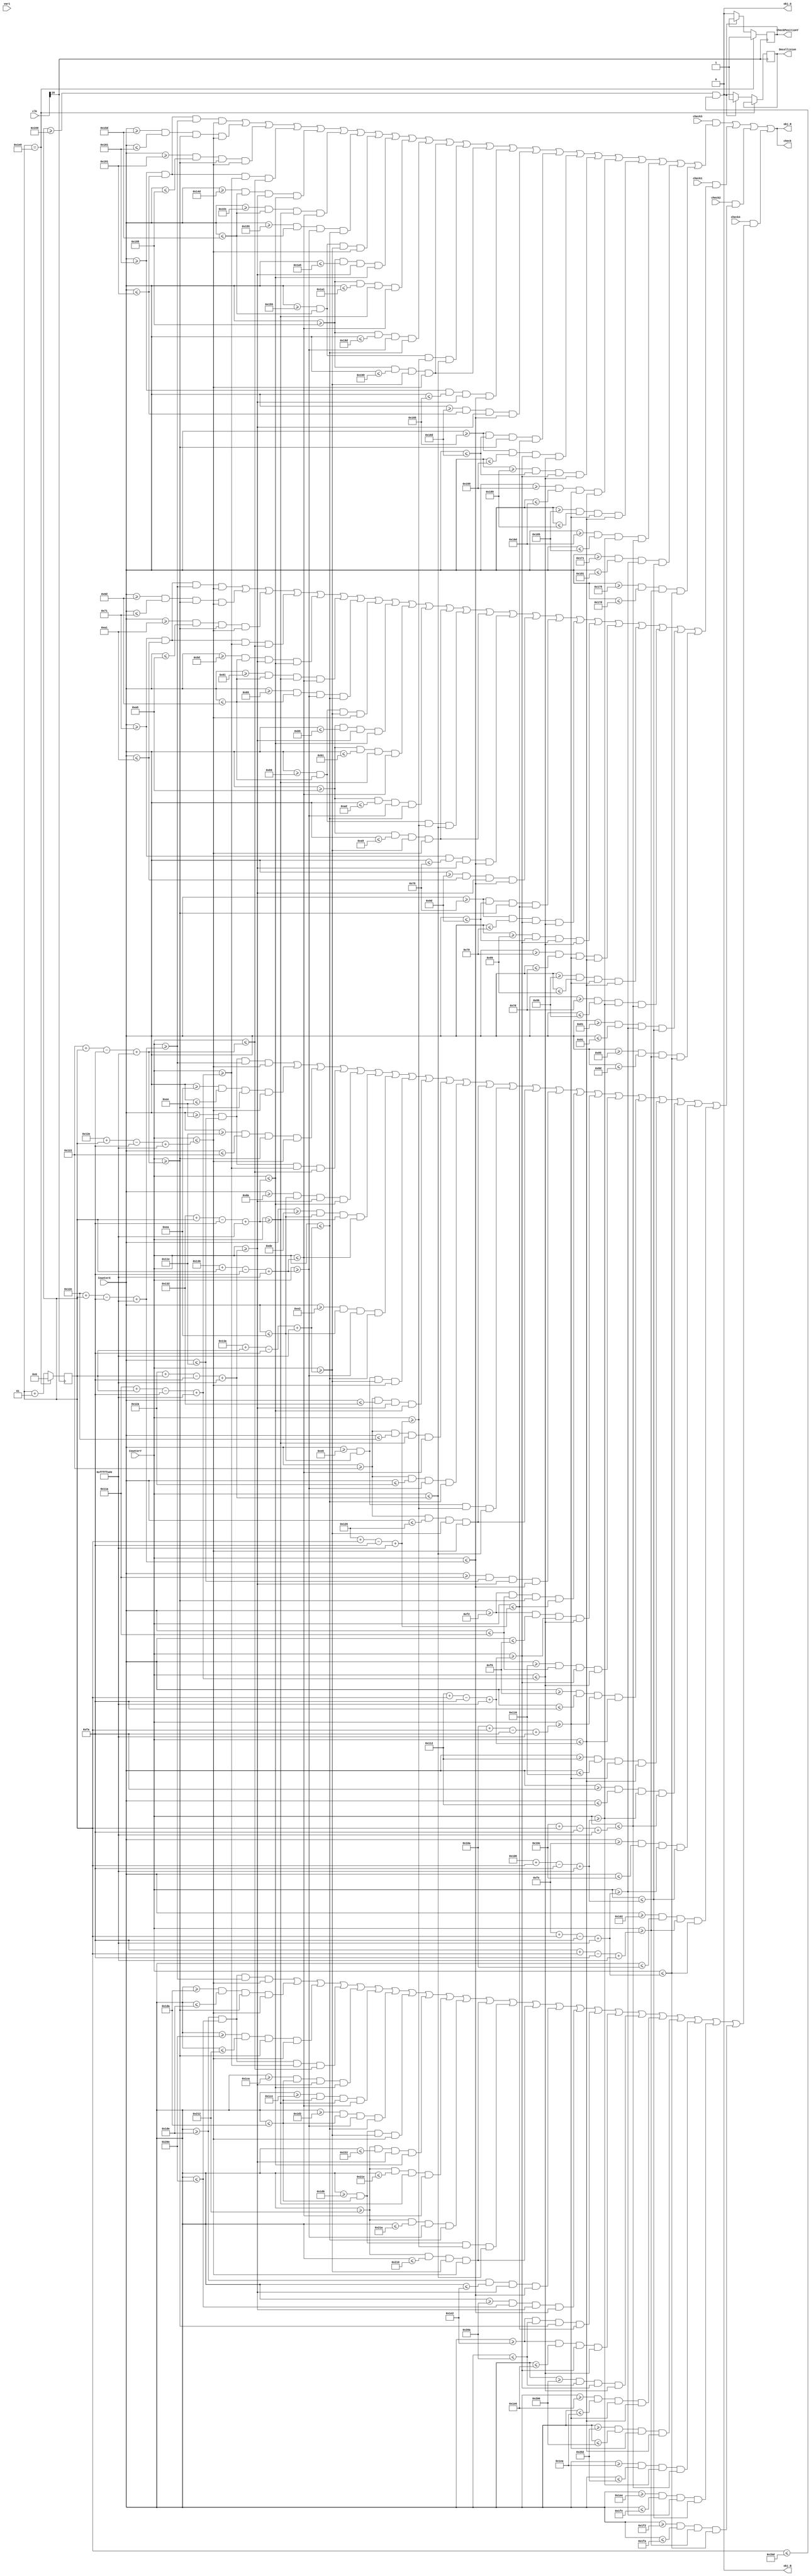
`timescale 1ns / 1ps
//////////////////////////////////////////////////////////////////////////////////
// Company: 
// Engineer: 
// 
// Design Name: 
// Module Name:    Block2 
// Project Name: 
// Target Devices: 
// Tool versions: 
// Description: 
//
// Dependencies: 
//
// Revision: 
// Revision 0.01 - File Created
// Additional Comments: 
//
//////////////////////////////////////////////////////////////////////////////////
module Block2(CounterX,CounterY,obj_R,obj_G,obj_B,clk,check,var1,check1,check2,check3,check4,Oncollision,CheckPositionY);
input [9:0] CounterX;
input [8:0] CounterY;
input [24:0]clk;
input check1,check2,check3,check4;
input [8:0]var1;

output reg obj_R,obj_G,obj_B,check,Oncollision,CheckPositionY;
integer Position,x;
initial begin Position = 0 ;x=-300; end
always @ (posedge clk[16])
begin
if (Position == 480) begin
		Position <= 0;
		CheckPositionY <= 1;
		end
else if(Position>=345 && Position <= 445)begin
		Oncollision <= 1;	// range of position Y is the same as car//445
		Position <= Position + 1;
	end	
else  begin
		Oncollision <= 0; 
		Position <= Position + 1;
		CheckPositionY <= 0;
end		
end

		wire Obs = check1 && (((CounterX>=113+0) && (CounterX <= 161+0) && (CounterY >= 302+Position-250+x) && (CounterY <= 318+Position-250+x) 
		              || (CounterX>=109+0) && (CounterX <= 113+0) && (CounterY >= 290+Position-250+x) && (CounterY <= 318+Position-250+x) 
		              || (CounterX>=161+0) && (CounterX <= 165+0) && (CounterY >= 290+Position-250+x) && (CounterY <= 318+Position-250+x) 
		              || (CounterX>=113+0) && (CounterX <= 161+0) && (CounterY >= 282+Position-250+x) && (CounterY <= 290+Position-250+x) 
		              || (CounterX>=93+0)  && (CounterX <= 109+0) && (CounterY >= 298+Position-250+x) && (CounterY <= 306+Position-250+x) 
		              || (CounterX>=97+0)  && (CounterX <= 109+0) && (CounterY >= 306+Position-250+x) && (CounterY <= 310+Position-250+x) 
		              || (CounterX>=101+0) && (CounterX <= 109+0) && (CounterY >= 310+Position-250+x) && (CounterY <= 314+Position-250+x) 
		              || (CounterX>=105+0) && (CounterX <= 109+0) && (CounterY >= 314+Position-250+x) && (CounterY <= 318+Position-250+x) 
		              || (CounterX>=165+0) && (CounterX <= 181+0) && (CounterY >= 298+Position-250+x) && (CounterY <= 306+Position-250+x) 
		              || (CounterX>=165+0) && (CounterX <= 177+0) && (CounterY >= 306+Position-250+x) && (CounterY <= 310+Position-250+x) 
		              || (CounterX>=165+0) && (CounterX <= 173+0) && (CounterY >= 310+Position-250+x) && (CounterY <= 314+Position-250+x) 
		              || (CounterX>=165+0) && (CounterX <= 169+0) && (CounterY >= 314+Position-250+x) && (CounterY <= 318+Position-250+x) 
		              || (CounterX>=105+0) && (CounterX <= 109+0) && (CounterY >= 294+Position-250+x) && (CounterY <= 298+Position-250+x) 
		              || (CounterX>=165+0) && (CounterX <= 169+0) && (CounterY >= 314+Position-250+x) && (CounterY <= 318+Position-250+x)
		              || (CounterX>=113+0) && (CounterX <= 117+0) && (CounterY >= 298+Position-250+x) && (CounterY <= 302+Position-250+x)  
		              || (CounterX>=157+0) && (CounterX <= 161+0) && (CounterY >= 298+Position-250+x) && (CounterY <= 302+Position-250+x) 
		              || (CounterX>=117+0) && (CounterX <= 157+0) && (CounterY >= 290+Position-250+x) && (CounterY <= 294+Position-250+x) 
		              || (CounterX>=117+0) && (CounterX <= 121+0) && (CounterY >= 274+Position-250+x) && (CounterY <= 282+Position-250+x) 
		              || (CounterX>=153+0) && (CounterX <= 157+0) && (CounterY >= 274+Position-250+x) && (CounterY <= 282+Position-250+x)
		              || (CounterX>=121+0) && (CounterX <= 125+0) && (CounterY >= 266+Position-250+x) && (CounterY <= 274+Position-250+x)
		              || (CounterX>=149+0) && (CounterX <= 153+0) && (CounterY >= 266+Position-250+x) && (CounterY <= 274+Position-250+x)
		              || (CounterX>=125+0) && (CounterX <= 149+0) && (CounterY >= 262+Position-250+x) && (CounterY <= 270+Position-250+x)
		              || (CounterX>=129+0) && (CounterX <= 145+0) && (CounterY >= 254+Position-250+x) && (CounterY <= 262+Position-250+x)
		            || (CounterX>=133+0) && (CounterX <= 141+0) && (CounterY >= 250+Position-250+x) && (CounterY <= 254+Position-250+x)));

		wire Obs1 = check2 && (((CounterX>=113+125) && (CounterX <= 161+125) && (CounterY >= 302+Position-250+x) && (CounterY <= 318+Position-250+x) 
		              || (CounterX>=109+125) && (CounterX <= 113+125) && (CounterY >= 290+Position-250+x) && (CounterY <= 318+Position-250+x) 
		              || (CounterX>=161+125) && (CounterX <= 165+125) && (CounterY >= 290+Position-250+x) && (CounterY <= 318+Position-250+x) 
		              || (CounterX>=113+125) && (CounterX <= 161+125) && (CounterY >= 282+Position-250+x) && (CounterY <= 290+Position-250+x) 
		              || (CounterX>=93+125)  && (CounterX <= 109+125) && (CounterY >= 298+Position-250+x) && (CounterY <= 306+Position-250+x) 
		              || (CounterX>=97+125)  && (CounterX <= 109+125) && (CounterY >= 306+Position-250+x) && (CounterY <= 310+Position-250+x) 
		              || (CounterX>=101+125) && (CounterX <= 109+125) && (CounterY >= 310+Position-250+x) && (CounterY <= 314+Position-250+x) 
		              || (CounterX>=105+125) && (CounterX <= 109+125) && (CounterY >= 314+Position-250+x) && (CounterY <= 318+Position-250+x) 
		              || (CounterX>=165+125) && (CounterX <= 181+125) && (CounterY >= 298+Position-250+x) && (CounterY <= 306+Position-250+x) 
		              || (CounterX>=165+125) && (CounterX <= 177+125) && (CounterY >= 306+Position-250+x) && (CounterY <= 310+Position-250+x) 
		              || (CounterX>=165+125) && (CounterX <= 173+125) && (CounterY >= 310+Position-250+x) && (CounterY <= 314+Position-250+x) 
		              || (CounterX>=165+125) && (CounterX <= 169+125) && (CounterY >= 314+Position-250+x) && (CounterY <= 318+Position-250+x) 
		              || (CounterX>=105+125) && (CounterX <= 109+125) && (CounterY >= 294+Position-250+x) && (CounterY <= 298+Position-250+x) 
		              || (CounterX>=165+125) && (CounterX <= 169+125) && (CounterY >= 314+Position-250+x) && (CounterY <= 318+Position-250+x)
		              || (CounterX>=157+125) && (CounterX <= 161+125) && (CounterY >= 298+Position-250+x) && (CounterY <= 302+Position-250+x) 
		              || (CounterX>=117+125) && (CounterX <= 157+125) && (CounterY >= 290+Position-250+x) && (CounterY <= 294+Position-250+x) 
		              || (CounterX>=117+125) && (CounterX <= 121+125) && (CounterY >= 274+Position-250+x) && (CounterY <= 282+Position-250+x) 
		              || (CounterX>=153+125) && (CounterX <= 157+125) && (CounterY >= 274+Position-250+x) && (CounterY <= 282+Position-250+x)
		              || (CounterX>=121+125) && (CounterX <= 125+125) && (CounterY >= 266+Position-250+x) && (CounterY <= 274+Position-250+x)
		              || (CounterX>=149+125) && (CounterX <= 153+125) && (CounterY >= 266+Position-250+x) && (CounterY <= 274+Position-250+x)
		              || (CounterX>=125+125) && (CounterX <= 149+125) && (CounterY >= 262+Position-250+x) && (CounterY <= 270+Position-250+x)
		              || (CounterX>=129+125) && (CounterX <= 145+125) && (CounterY >= 254+Position-250+x) && (CounterY <= 262+Position-250+x)
		            || (CounterX>=133+125) && (CounterX <= 141+125) && (CounterY >= 250+Position-250+x) && (CounterY <= 254+Position-250+x)));


		wire Obs2 = check3 && (((CounterX>=113+240) && (CounterX <= 161+240) && (CounterY >= 302+Position-250+x) && (CounterY <= 318+Position-250+x) 
		              || (CounterX>=109+240) && (CounterX <= 113+240) && (CounterY >= 290+Position-250+x) && (CounterY <= 318+Position-250+x) 
		              || (CounterX>=161+240) && (CounterX <= 165+240) && (CounterY >= 290+Position-250+x) && (CounterY <= 318+Position-250+x) 
		              || (CounterX>=113+240) && (CounterX <= 161+240) && (CounterY >= 282+Position-250+x) && (CounterY <= 290+Position-250+x) 
		              || (CounterX>=93+240)  && (CounterX <= 109+240) && (CounterY >= 298+Position-250+x) && (CounterY <= 306+Position-250+x) 
		              || (CounterX>=97+240)  && (CounterX <= 109+240) && (CounterY >= 306+Position-250+x) && (CounterY <= 310+Position-250+x) 
		              || (CounterX>=101+240) && (CounterX <= 109+240) && (CounterY >= 310+Position-250+x) && (CounterY <= 314+Position-250+x) 
		              || (CounterX>=105+240) && (CounterX <= 109+240) && (CounterY >= 314+Position-250+x) && (CounterY <= 318+Position-250+x) 
		              || (CounterX>=165+240) && (CounterX <= 181+240) && (CounterY >= 298+Position-250+x) && (CounterY <= 306+Position-250+x) 
		              || (CounterX>=165+240) && (CounterX <= 177+240) && (CounterY >= 306+Position-250+x) && (CounterY <= 310+Position-250+x) 
		              || (CounterX>=165+240) && (CounterX <= 173+240) && (CounterY >= 310+Position-250+x) && (CounterY <= 314+Position-250+x) 
		              || (CounterX>=165+240) && (CounterX <= 169+240) && (CounterY >= 314+Position-250+x) && (CounterY <= 318+Position-250+x) 
		              || (CounterX>=105+240) && (CounterX <= 109+240) && (CounterY >= 294+Position-250+x) && (CounterY <= 298+Position-250+x) 
		              || (CounterX>=165+240) && (CounterX <= 169+240) && (CounterY >= 314+Position-250+x) && (CounterY <= 318+Position-250+x)
		              || (CounterX>=113+240) && (CounterX <= 117+240) && (CounterY >= 298+Position-250+x) && (CounterY <= 302+Position-250+x)  
		              || (CounterX>=157+240) && (CounterX <= 161+240) && (CounterY >= 298+Position-250+x) && (CounterY <= 302+Position-250+x) 
		              || (CounterX>=117+240) && (CounterX <= 157+240) && (CounterY >= 290+Position-250+x) && (CounterY <= 294+Position-250+x) 
		              || (CounterX>=117+240) && (CounterX <= 121+240) && (CounterY >= 274+Position-250+x) && (CounterY <= 282+Position-250+x) 
		              || (CounterX>=153+240) && (CounterX <= 157+240) && (CounterY >= 274+Position-250+x) && (CounterY <= 282+Position-250+x)
		              || (CounterX>=121+240) && (CounterX <= 125+240) && (CounterY >= 266+Position-250+x) && (CounterY <= 274+Position-250+x)
		              || (CounterX>=149+240) && (CounterX <= 153+240) && (CounterY >= 266+Position-250+x) && (CounterY <= 274+Position-250+x)
		              || (CounterX>=125+240) && (CounterX <= 149+240) && (CounterY >= 262+Position-250+x) && (CounterY <= 270+Position-250+x)
		              || (CounterX>=129+240) && (CounterX <= 145+240) && (CounterY >= 254+Position-250+x) && (CounterY <= 262+Position-250+x)
		            || (CounterX>=133+240) && (CounterX <= 141+240) && (CounterY >= 250+Position-250+x) && (CounterY <= 254+Position-250+x)));				


		wire Obs3 = check4 && (((CounterX>=113+365) && (CounterX <= 161+365) && (CounterY >= 302+Position-250+x) && (CounterY <= 318+Position-250+x) 
		              || (CounterX>=109+365) && (CounterX <= 113+365) && (CounterY >= 290+Position-250+x) && (CounterY <= 318+Position-250+x) 
		              || (CounterX>=161+365) && (CounterX <= 165+365) && (CounterY >= 290+Position-250+x) && (CounterY <= 318+Position-250+x) 
		              || (CounterX>=113+365) && (CounterX <= 161+365) && (CounterY >= 282+Position-250+x) && (CounterY <= 290+Position-250+x) 
		              || (CounterX>=93+365)  && (CounterX <= 109+365) && (CounterY >= 298+Position-250+x) && (CounterY <= 306+Position-250+x) 
		              || (CounterX>=97+365)  && (CounterX <= 109+365) && (CounterY >= 306+Position-250+x) && (CounterY <= 310+Position-250+x) 
		              || (CounterX>=101+365) && (CounterX <= 109+365) && (CounterY >= 310+Position-250+x) && (CounterY <= 314+Position-250+x) 
		              || (CounterX>=105+365) && (CounterX <= 109+365) && (CounterY >= 314+Position-250+x) && (CounterY <= 318+Position-250+x) 
		              || (CounterX>=165+365) && (CounterX <= 181+365) && (CounterY >= 298+Position-250+x) && (CounterY <= 306+Position-250+x) 
		              || (CounterX>=165+365) && (CounterX <= 177+365) && (CounterY >= 306+Position-250+x) && (CounterY <= 310+Position-250+x) 
		              || (CounterX>=165+365) && (CounterX <= 173+365) && (CounterY >= 310+Position-250+x) && (CounterY <= 314+Position-250+x) 
		              || (CounterX>=165+365) && (CounterX <= 169+365) && (CounterY >= 314+Position-250+x) && (CounterY <= 318+Position-250+x) 
		              || (CounterX>=105+365) && (CounterX <= 109+365) && (CounterY >= 294+Position-250+x) && (CounterY <= 298+Position-250+x) 
		              || (CounterX>=165+365) && (CounterX <= 169+365) && (CounterY >= 314+Position-250+x) && (CounterY <= 318+Position-250+x)
		              || (CounterX>=113+365) && (CounterX <= 117+365) && (CounterY >= 298+Position-250+x) && (CounterY <= 302+Position-250+x)  
		              || (CounterX>=157+365) && (CounterX <= 161+365) && (CounterY >= 298+Position-250+x) && (CounterY <= 302+Position-250+x) 
		              || (CounterX>=117+365) && (CounterX <= 157+365) && (CounterY >= 290+Position-250+x) && (CounterY <= 294+Position-250+x) 
		              || (CounterX>=117+365) && (CounterX <= 121+365) && (CounterY >= 274+Position-250+x) && (CounterY <= 282+Position-250+x) 
		              || (CounterX>=153+365) && (CounterX <= 157+365) && (CounterY >= 274+Position-250+x) && (CounterY <= 282+Position-250+x)
		              || (CounterX>=121+365) && (CounterX <= 125+365) && (CounterY >= 266+Position-250+x) && (CounterY <= 274+Position-250+x)
		              || (CounterX>=149+365) && (CounterX <= 153+365) && (CounterY >= 266+Position-250+x) && (CounterY <= 274+Position-250+x)
		              || (CounterX>=125+365) && (CounterX <= 149+365) && (CounterY >= 262+Position-250+x) && (CounterY <= 270+Position-250+x)
		              || (CounterX>=129+365) && (CounterX <= 145+365) && (CounterY >= 254+Position-250+x) && (CounterY <= 262+Position-250+x)
		            || (CounterX>=133+365) && (CounterX <= 141+365) && (CounterY >= 250+Position-250+x) && (CounterY <= 254+Position-250+x)));				



always @(clk)
begin 
		obj_R = Obs2 | Obs | Obs1 | Obs3;
		obj_G = 0;
		obj_B = 0 ;
		check= obj_R|obj_G|obj_B;
end


endmodule